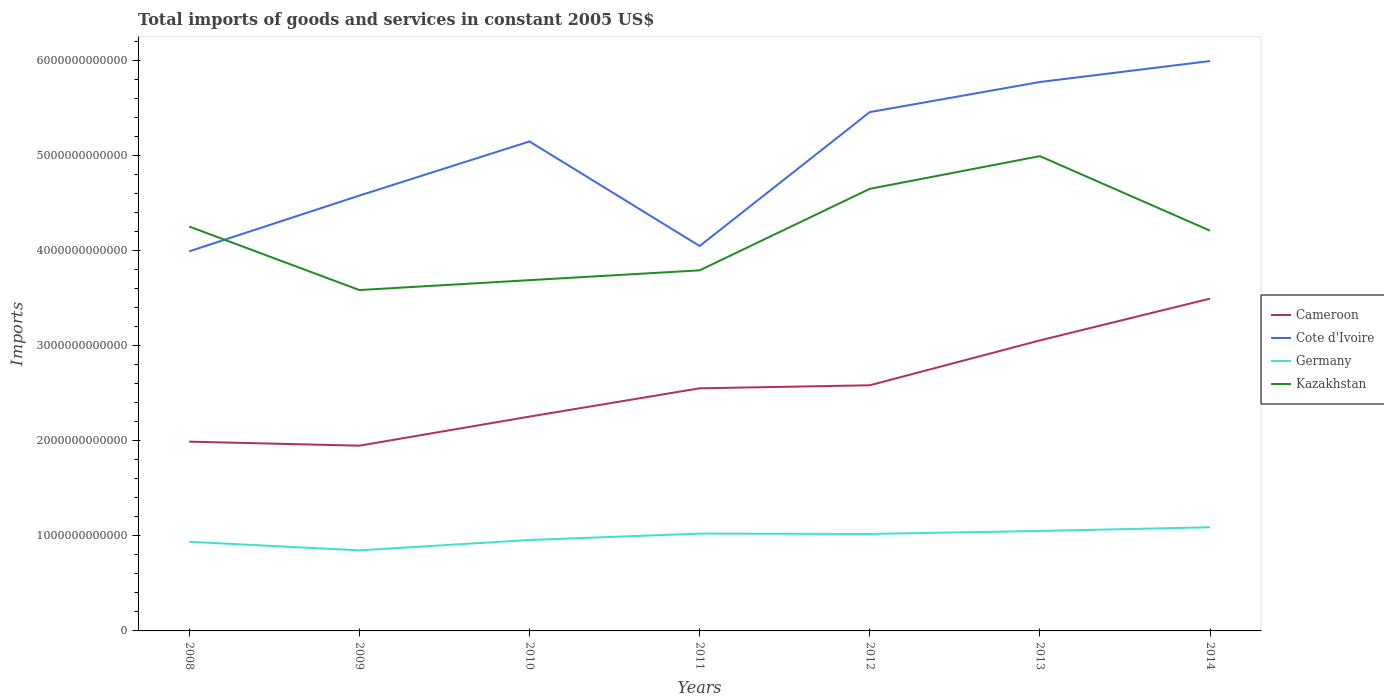
| Years | Cameroon | Cote d'Ivoire | Germany | Kazakhstan |
 | --- | --- | --- | --- | --- |
 | 2008 | 1.99e+12 | 3.99e+12 | 9.37e+11 | 4.25e+12 |
 | 2009 | 1.95e+12 | 4.58e+12 | 8.47e+11 | 3.58e+12 |
 | 2010 | 2.25e+12 | 5.15e+12 | 9.56e+11 | 3.69e+12 |
 | 2011 | 2.55e+12 | 4.05e+12 | 1.02e+12 | 3.79e+12 |
 | 2012 | 2.58e+12 | 5.45e+12 | 1.02e+12 | 4.65e+12 |
 | 2013 | 3.05e+12 | 5.77e+12 | 1.05e+12 | 4.99e+12 |
 | 2014 | 3.49e+12 | 5.99e+12 | 1.09e+12 | 4.21e+12 |